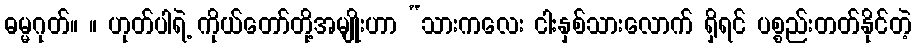
ဓမ္မဂုတ်။ ။ ဟုတ်ပါရဲ့ ကိုယ်တော်တို့အမျိုးဟာ “သားကလေး ငါးနှစ်သားလောက် ရှိရင် ပစ္စည်းတတ်နိုင်တဲ့